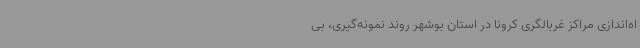
اه‌اندازی مراکز غربالگری کرونا در استان بوشهر روند نمونه‌گیری، بی